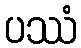
ပဿံ